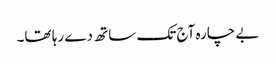
بے چارہ آج تک ساتھ دے رہا تھا۔